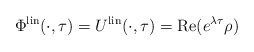
\begin{align*} \Phi^{\rm lin}(\cdot, \tau) = U^{\rm lin}(\cdot, \tau) = {\rm Re}(e^{\lambda \tau} \rho) \end{align*}